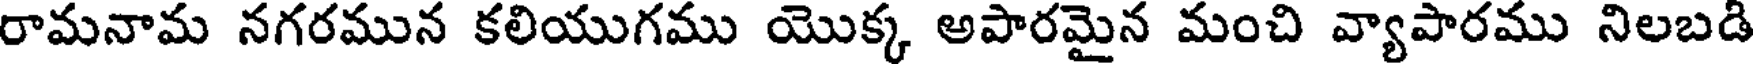
రామనామ నగరమున కలియుగము యొక్క అపారమైన మంచి వ్యాపారము నిలబడి